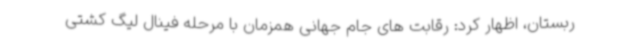
ربستان، اظهار کرد: رقابت های جام جهانی همزمان با مرحله فینال لیگ کشتی